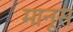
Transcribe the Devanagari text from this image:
मानूस